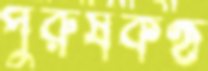
পুরুষকণ্ঠ